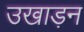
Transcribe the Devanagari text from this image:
उखाड़न